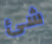
شئ